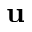
\mathbf { u }